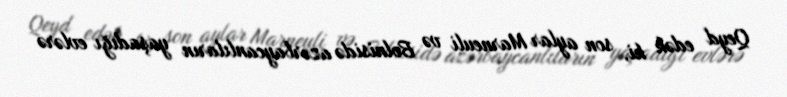
Qeyd edək ki, son aylar Marneuli və Bolnisidə azərbaycanlıların yaşadığı evlərə